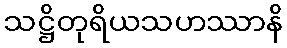
သဋ္ဌိတုရိယသဟဿာနိ